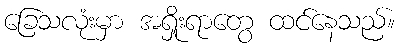
ခြေသလုံးမှာ အရှိုးရာတွေ ထင်နေသည်။